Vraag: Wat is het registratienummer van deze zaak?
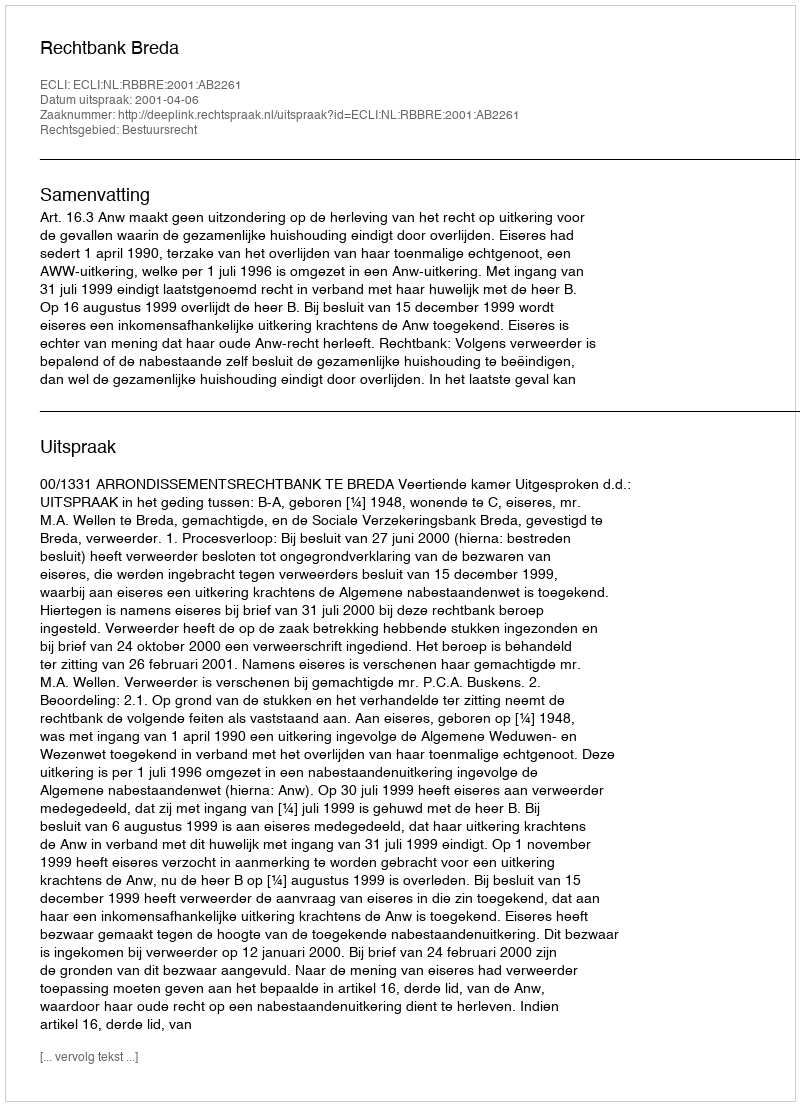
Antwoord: http://deeplink.rechtspraak.nl/uitspraak?id=ECLI:NL:RBBRE:2001:AB2261